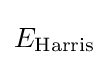
E_{\rm {Harris}}